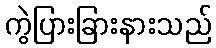
ကွဲပြားခြားနားသည်